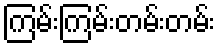
ကြမ်းကြမ်းတမ်းတမ်း